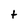
Character: t